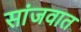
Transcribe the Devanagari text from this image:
सांजवात